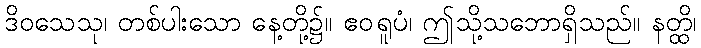
ဒိဝသေသု၊ တစ်ပါးသော နေ့တို့၌။ ဧဝရူပံ၊ ဤသို့သဘောရှိသည်။ နတ္ထိ၊